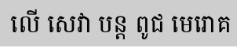
លើ សេវា បន្ត ពូជ មេរោគ